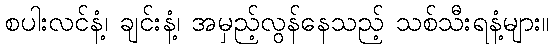
စပါးလင်နံ့၊ ချင်းနံ့၊ အမှည့်လွန်နေသည့် သစ်သီးရနံ့များ။